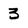
Character: 3